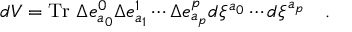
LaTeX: d V = \mathrm { T r } ~ \Delta e _ { a _ { 0 } } ^ { 0 } \Delta e _ { a _ { 1 } } ^ { 1 } \cdots \Delta e _ { a _ { p } } ^ { p } d \xi ^ { a _ { 0 } } \cdots d \xi ^ { a _ { p } } \quad .